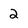
Character: 2